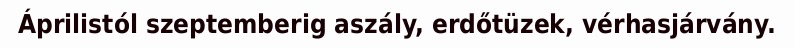
Áprilistól szeptemberig aszály, erdőtüzek, vérhasjárvány.